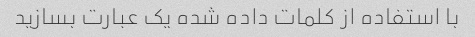
با استفاده از کلمات داده شده یک عبارت بسازید